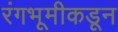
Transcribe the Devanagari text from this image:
रंगभूमीकडून